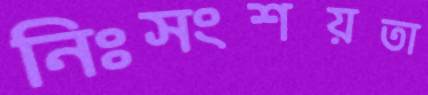
নিঃসংশয়তা